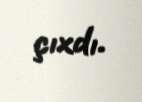
çıxdı.